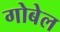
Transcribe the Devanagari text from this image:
गोबेल